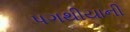
પગથીયાની